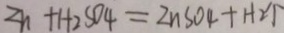
Z _ { h } + H _ { 2 } S O _ { 4 } = Z n S O _ { 4 } + H _ { 2 } \uparrow